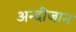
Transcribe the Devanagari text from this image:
अन्दीजान